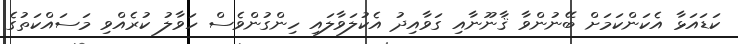
ކަޑައަޅާ އެކަންކަމަށް ބޭނުންވާ ޤާނޫނާއި ގަވާއިދު އެކުލަވާލައި ހިންގުންވެސް ހަވާލު ކުރެއްވި މަސައްކަތުގެ